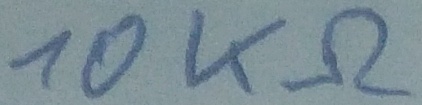
Text: 10KΩ